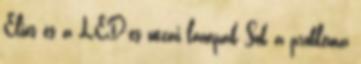
Elios és a LED-es utcai lámpák Sok a probléma